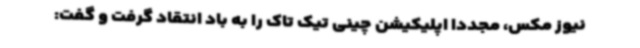
نیوز مکس، مجددا اپلیکیشن چینی تیک تاک را به باد انتقاد گرفت و گفت: